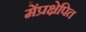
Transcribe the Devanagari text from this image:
मेंप्रक्षेपित